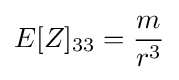
E[Z]_{33}={\frac {m}{r^{3}}}